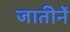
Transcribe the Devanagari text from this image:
जातीनें